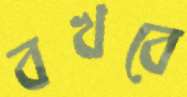
বখবে